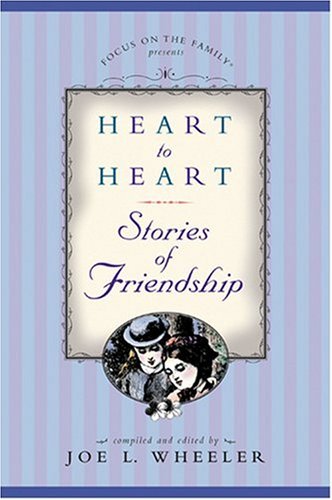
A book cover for Heart to Heart: Stories of Friendship; Religion & Spirituality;